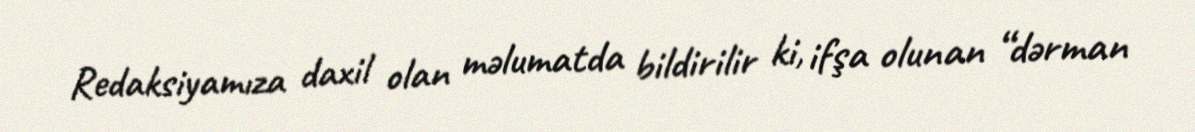
Redaksiyamıza daxil olan məlumatda bildirilir ki, ifşa olunan “dərman